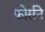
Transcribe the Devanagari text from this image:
फोर्सने